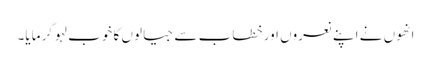
انھوں نے اپنے نعروں اور خطاب سے جیالوں کا خوب لہو گرمایا۔